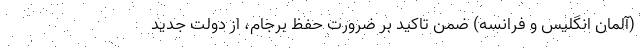
(آلمان انگلیس و فرانسه) ضمن تاکید بر ضرورت حفظ برجام، از دولت جدید